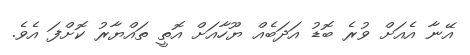
އޭނާ އެއަށް ވުރެ ބޮޑު އަދަބެއް ޔޫހާއަށް އޮތީ ތައްޔާރު ކޮށްފަ އެވެ.